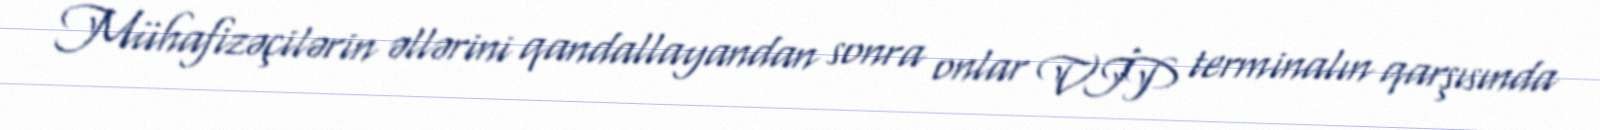
Mühafizəçilərin əllərini qandallayandan sonra onlar VİP terminalın qarşısında